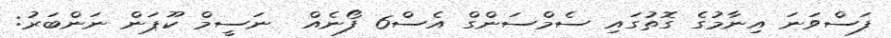
ފަސްވަނަ އިނާމުގެ ގޮތުގައި ސެމްސަންގް އެސް6 ފޯނެއް  ނަސީމް ކޫޕަން ނަންބަރު: